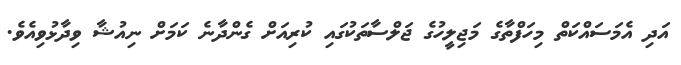
އަދި އެމަސައްކަތް މިހަފްތާގެ މަޖިލީހުގެ ޖަލްސާތަކުގައި ކުރިއަށް ގެންދާނެ ކަމަށް ނިއުޝާ ވިދާޅުވިއެވެ.